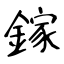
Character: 鎵